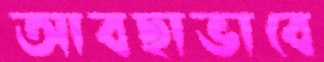
আবছাভাবে